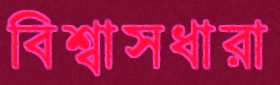
বিশ্বাসধারা